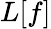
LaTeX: L[f]